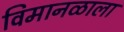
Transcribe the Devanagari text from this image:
विमानळाला